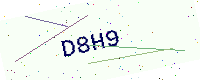
Text: D8H9